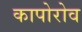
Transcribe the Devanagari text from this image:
कापोरोव